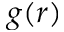
g ( r )